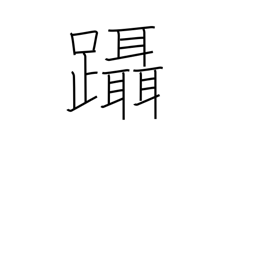
Meaning: step on